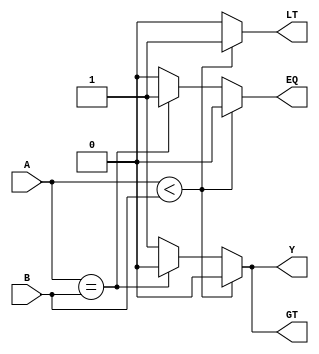
module comparator (
    input [3:0] A,
    input [3:0] B,
    output reg LT,
    output reg EQ,
    output reg GT,
    output reg Y
);

always @* begin
    if (A < B) begin
        LT = 1;
        EQ = 0;
        GT = 0;
        Y = 0;
    end else if (A == B) begin
        LT = 0;
        EQ = 1;
        GT = 0;
        Y = 0;
    end else begin
        LT = 0;
        EQ = 0;
        GT = 1;
        Y = 1;
    end
end

endmodule